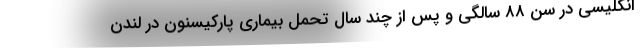
انگلیسی در سن ۸۸ سالگی و پس از چند سال تحمل بیماری پارکیسنون در لندن